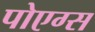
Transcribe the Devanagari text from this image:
पोएग्स